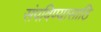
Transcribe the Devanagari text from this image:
संपविण्यासाठि